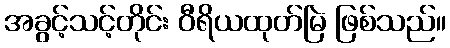
အခွင့်သင့်တိုင်း ဝီရိယထုတ်မြဲ ဖြစ်သည်။